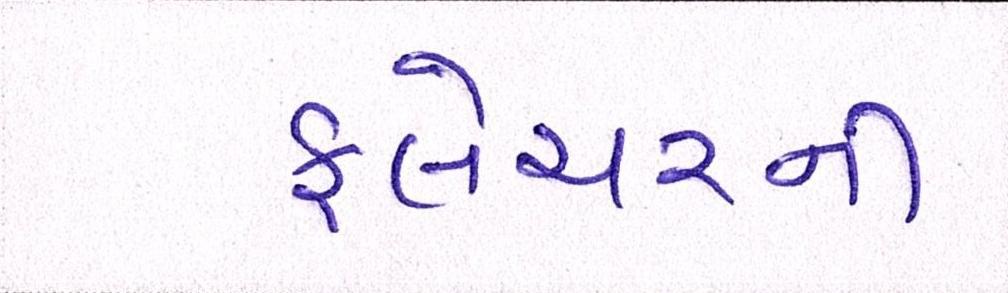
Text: ફ્લેચરની